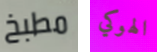
مطبخ الهوكي